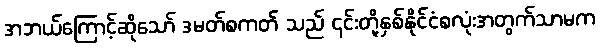
အဘယ်ကြောင့်ဆိုသော် ဒမတ်စကတ် သည် ၎င်းတို့နှစ်နိုင်ငံစလုံးအတွက်သာမက